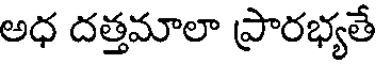
అధ దత్తమాలా ప్రారభ్యతే